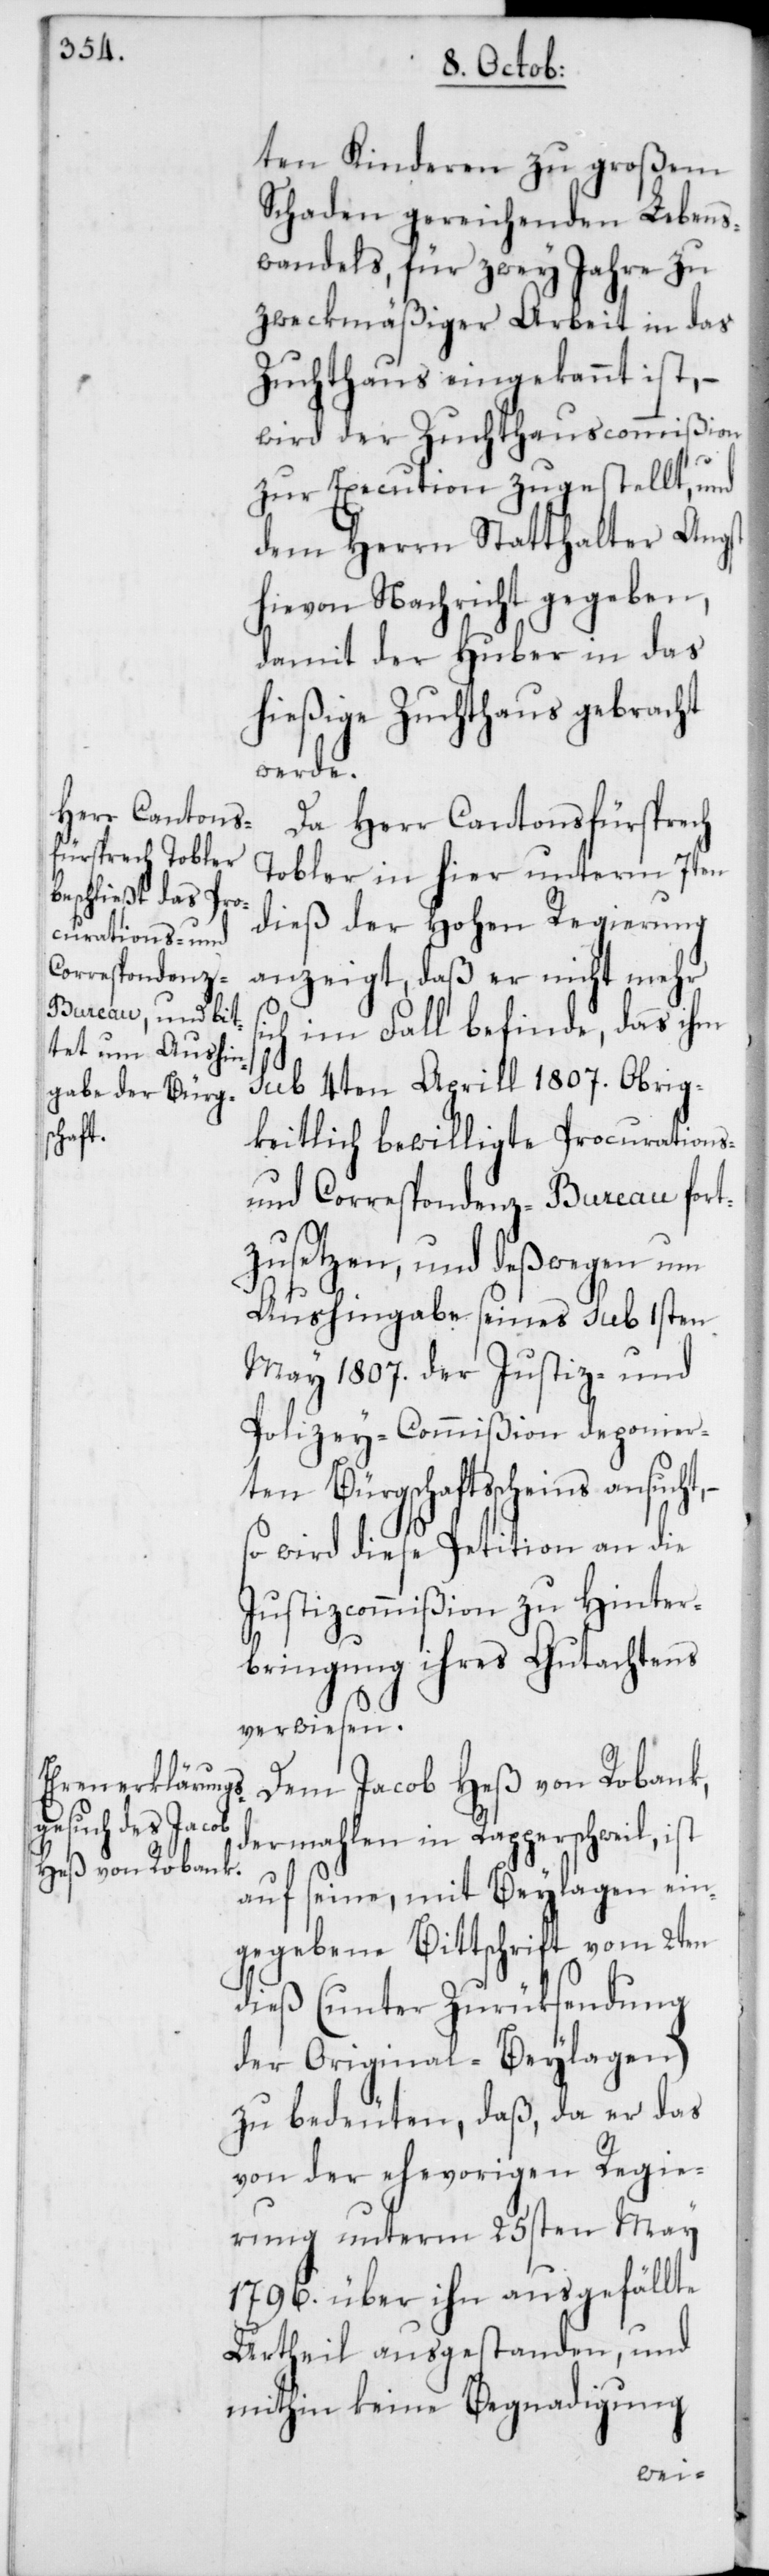
ten Kinderen zu großem
Schaden gereichenden Lebens¬
wandels, für zwey Jahre zu
zweckmäßiger Arbeit in das
Zuchthaus eingekannt ist, –
wird der Zuchthauscommißion
zur Execution zugestellt, und
dem Herrn Statthalter Angst
hievon Nachricht gegeben,
damit der Huber in das
hießige Zuchthaus gebracht
werde.
Da Herr Cantonsfürsprech
Tobler in hier unterm 7ten
dieß der Hohen Regierung
anzeigt, daß er nicht mehr
sich im Fall befinde, das ihm
sub 4ten Aprill 1807. Obrig¬
keitlich bewilligte Procurations-
und Correspondenz-Bureau fort¬
zusetzen, und deßwegen um
Aushingabe seines sub 1sten
May 1807. der Justiz- und
Polizey-Commißion deponier¬
ten Bürgschaftsschein ansucht,
so wird diese Petition an die
Justizcommißion zu Hinter¬
bringung ihres Gutachtens
verwiesen.
Dem Jacob Heß von Robank,
dermahlen in Rapperschweil, ist
auf seine, mit Beylagen ein¬
gegebene Bittschrift vom 2ten
dieß (unter Zurüksendung
der Original-Beylagen)
zu bedeuten, daß, da er das
von der ehevorigen Regie¬
rung unterm 25sten May
1796. über ihn ausgefällte
Urtheil ausgestanden, und
mithin keine Begnadigung